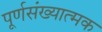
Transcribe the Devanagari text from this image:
पूर्णसंख्यात्मक